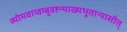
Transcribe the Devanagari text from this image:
व्योमवाय्वम्बुवह्न्याख्यभूतान्यासीत्